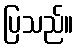
ပြသည်။